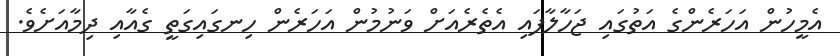
އެމީހުން އަހަރެންގެ އަތުގައި ޖަހާލާފައި އެތެރެއަށް ވަނުމުން އަހަރެން ހިނގައިގަތީ ގެއާއި ދިމާއަށެވެ.